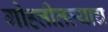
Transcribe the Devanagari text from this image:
गोहत्तीतल्याच